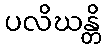
ပလိဃန္တိ